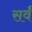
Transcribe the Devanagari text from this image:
सर्वँ